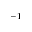
^ { - 1 }